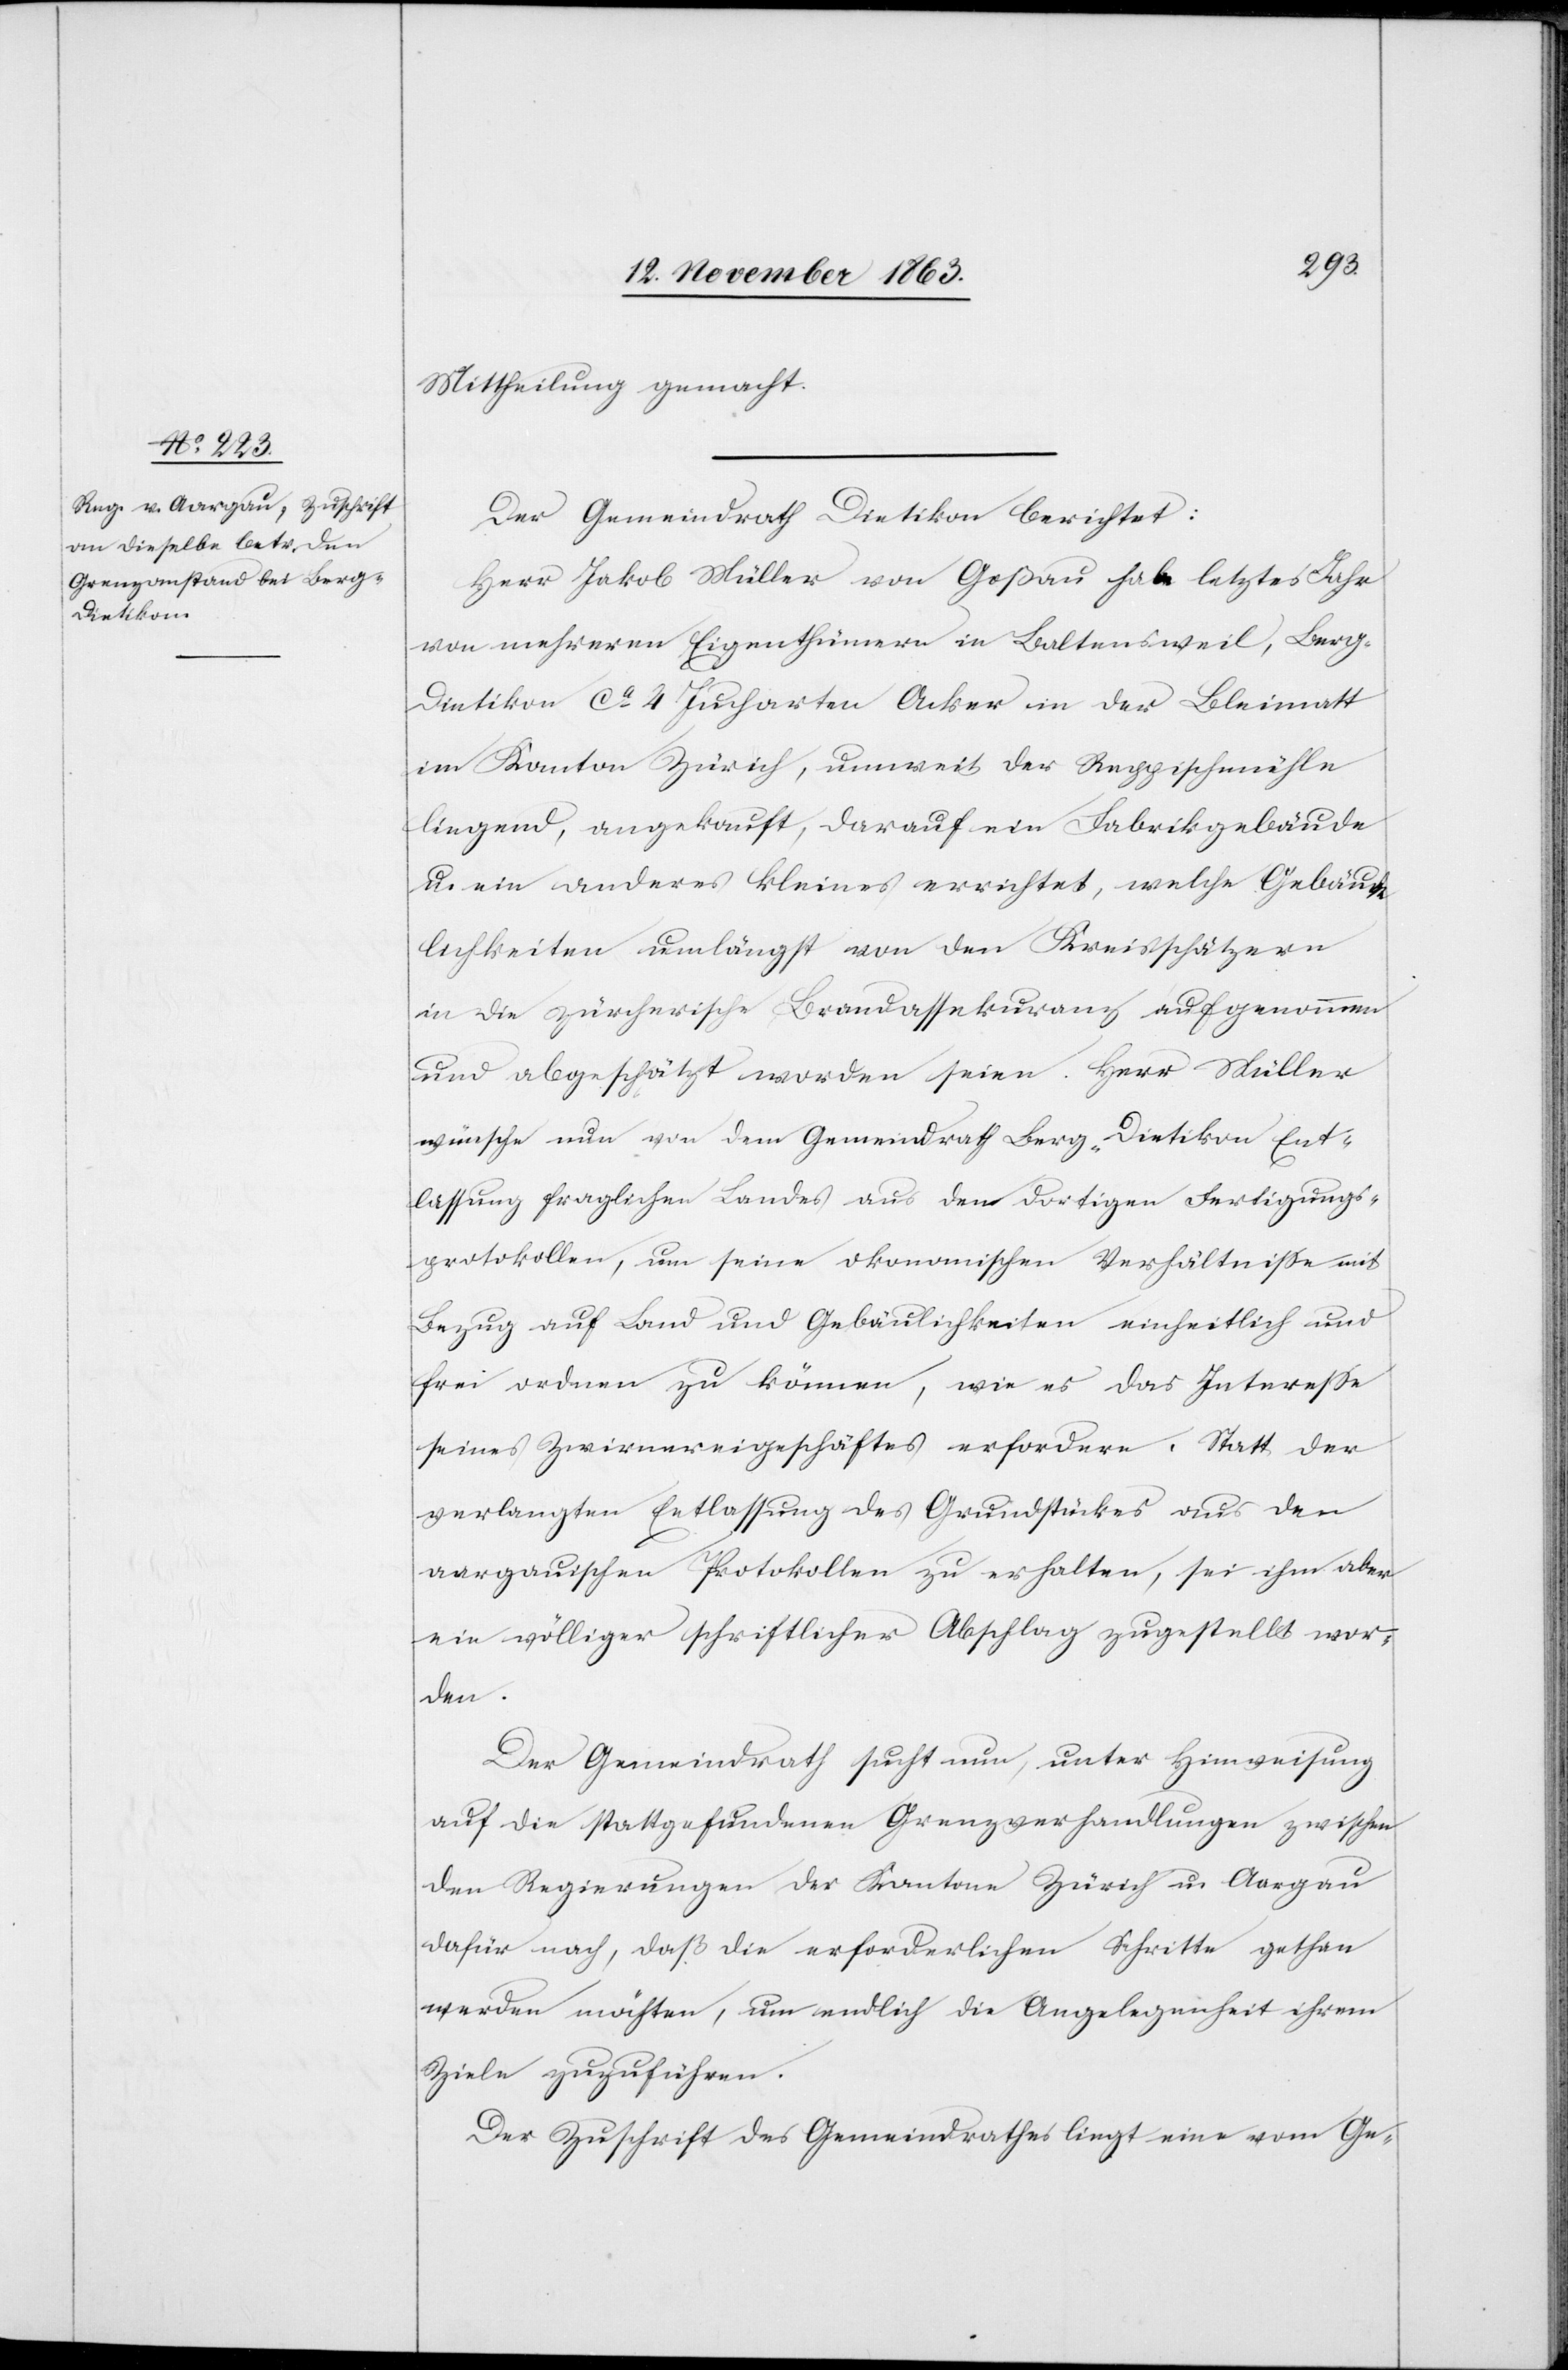
Mittheilung gemacht.
Der Gemeindrath Dietikon berichtet:
Herr Jakob Müller von Goßau habe letztes Jahr
von mehreren Eigenthümern in Baltensweil, Berg-D¬
ietikon ca 4 Jucharten Acker in der Bleimatt
im Kanton Zürich, unweit der Reppischmühle
liegend, angekauft, darauf ein Fabrikgebäude
u. ein anderes kleines errichtet, welche Gebäu¬
lichkeiten umlängst [sic!] von den Kreisschätzern
in die zürcherische Brandassekuranz aufgenommen
und abgeschätzt worden seien. Herr Müller
wünsche nun von dem Gemeindrath Berg-Dietikon Ent¬
lassung fraglichen Landes aus den dortigen Fertigungs¬
protokollen, um seine okonomischen [sic!] Verhältnisse mit
Bezug auf Land und Gebäulichkeiten einheitlich und
frei ordnen zu können, wie es das Interesse
seines Zwirnereigeschäftes erfordere. Statt der
verlangten Entlassung des Grundstückes aus den
aargauischen Protokollen zu erhalten, sei ihm aber
ein völliger schriftlicher Abschlag zugestellt wor¬
den.
Der Gemeindrath sucht nun, unter Hinweisung
auf die stattgefundenen Grenzverhandlungen zwischen
den Regierungen der Kantone Zürich u. Aargau
dafür nach, daß die erforderlichen Schritte gethan
werden möchten, um endlich die Angelegenheit ihrem
Ziele zuzuführen.
Der Zuschrift des Gemeindrathes liegt eine vom Ge-